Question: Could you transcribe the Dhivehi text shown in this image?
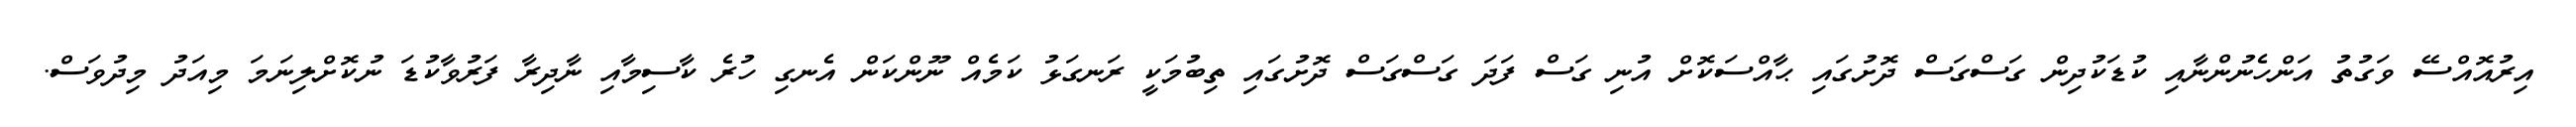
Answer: އިރުއޮއްސޭ ވަގުތު އަންހެނުންނާއި ކުޑަކުދިން ގަސްގަސް ދޮށުގައި ޙާއްސަކޮށް އުނި ގަސް ފަދަ ގަސްގަސް ދޮށުގައި ތިބުމަކީ ރަނގަޅު ކަމެއް ނޫންކަން އެނގި ހުރެ ކާސިމާއި ނާދިރާ ފަރުވާކުޑަ ނުކޮށްލިނަމަ މިއަދު މިދުވަސް.